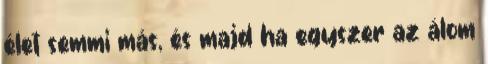
élet semmi más, és majd ha egyszer az álom